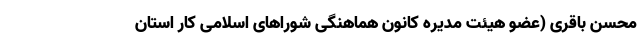
محسن باقری (عضو هیئت مدیره کانون هماهنگی شوراهای اسلامی کار استان